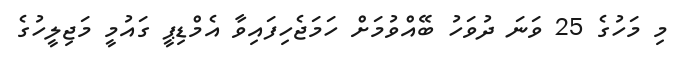
މި މަހުގެ 25 ވަނަ ދުވަހު ބޭއްވުމަށް ހަމަޖެހިފައިވާ އެމްޑިޕީ ގައުމީ މަޖިލީހުގެ